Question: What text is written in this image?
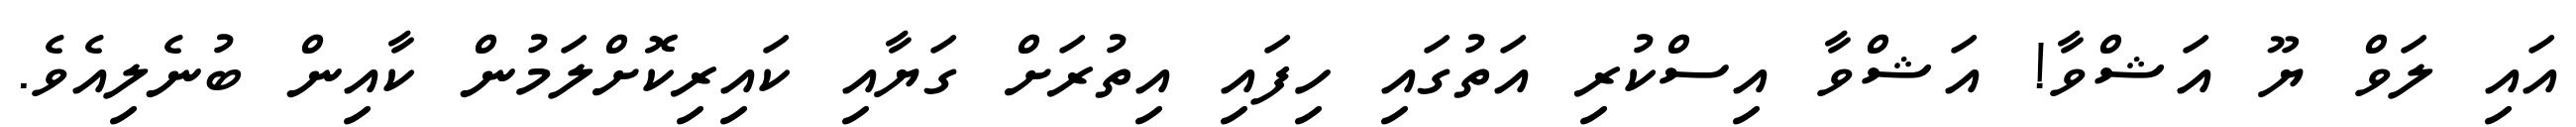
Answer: އައި ލަވް ޔޫ އަޝްވާ! އަޝްވާ އިސްކުރި އަތުގައި ހިފައި އިތުރަށް ގަޔާއި ކައިރިކޮށްލަމުން ކާއިން ބުނެލިއެވެ.